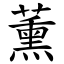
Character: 薰